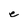
Character: e